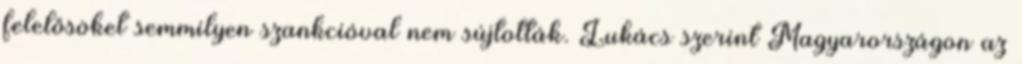
felelősöket semmilyen szankcióval nem sújtották. Lukács szerint Magyarországon az